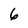
Character: 6